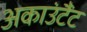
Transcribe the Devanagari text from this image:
अकाउंटैंट